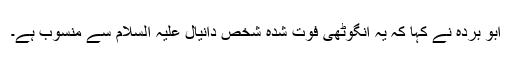
ابو بردہ نے کہا کہ یہ انگوٹھی فوت شدہ شخص دانیال علیہ السلام سے منسوب ہے۔